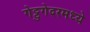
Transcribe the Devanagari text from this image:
गेट्टुगेदरमध्ये